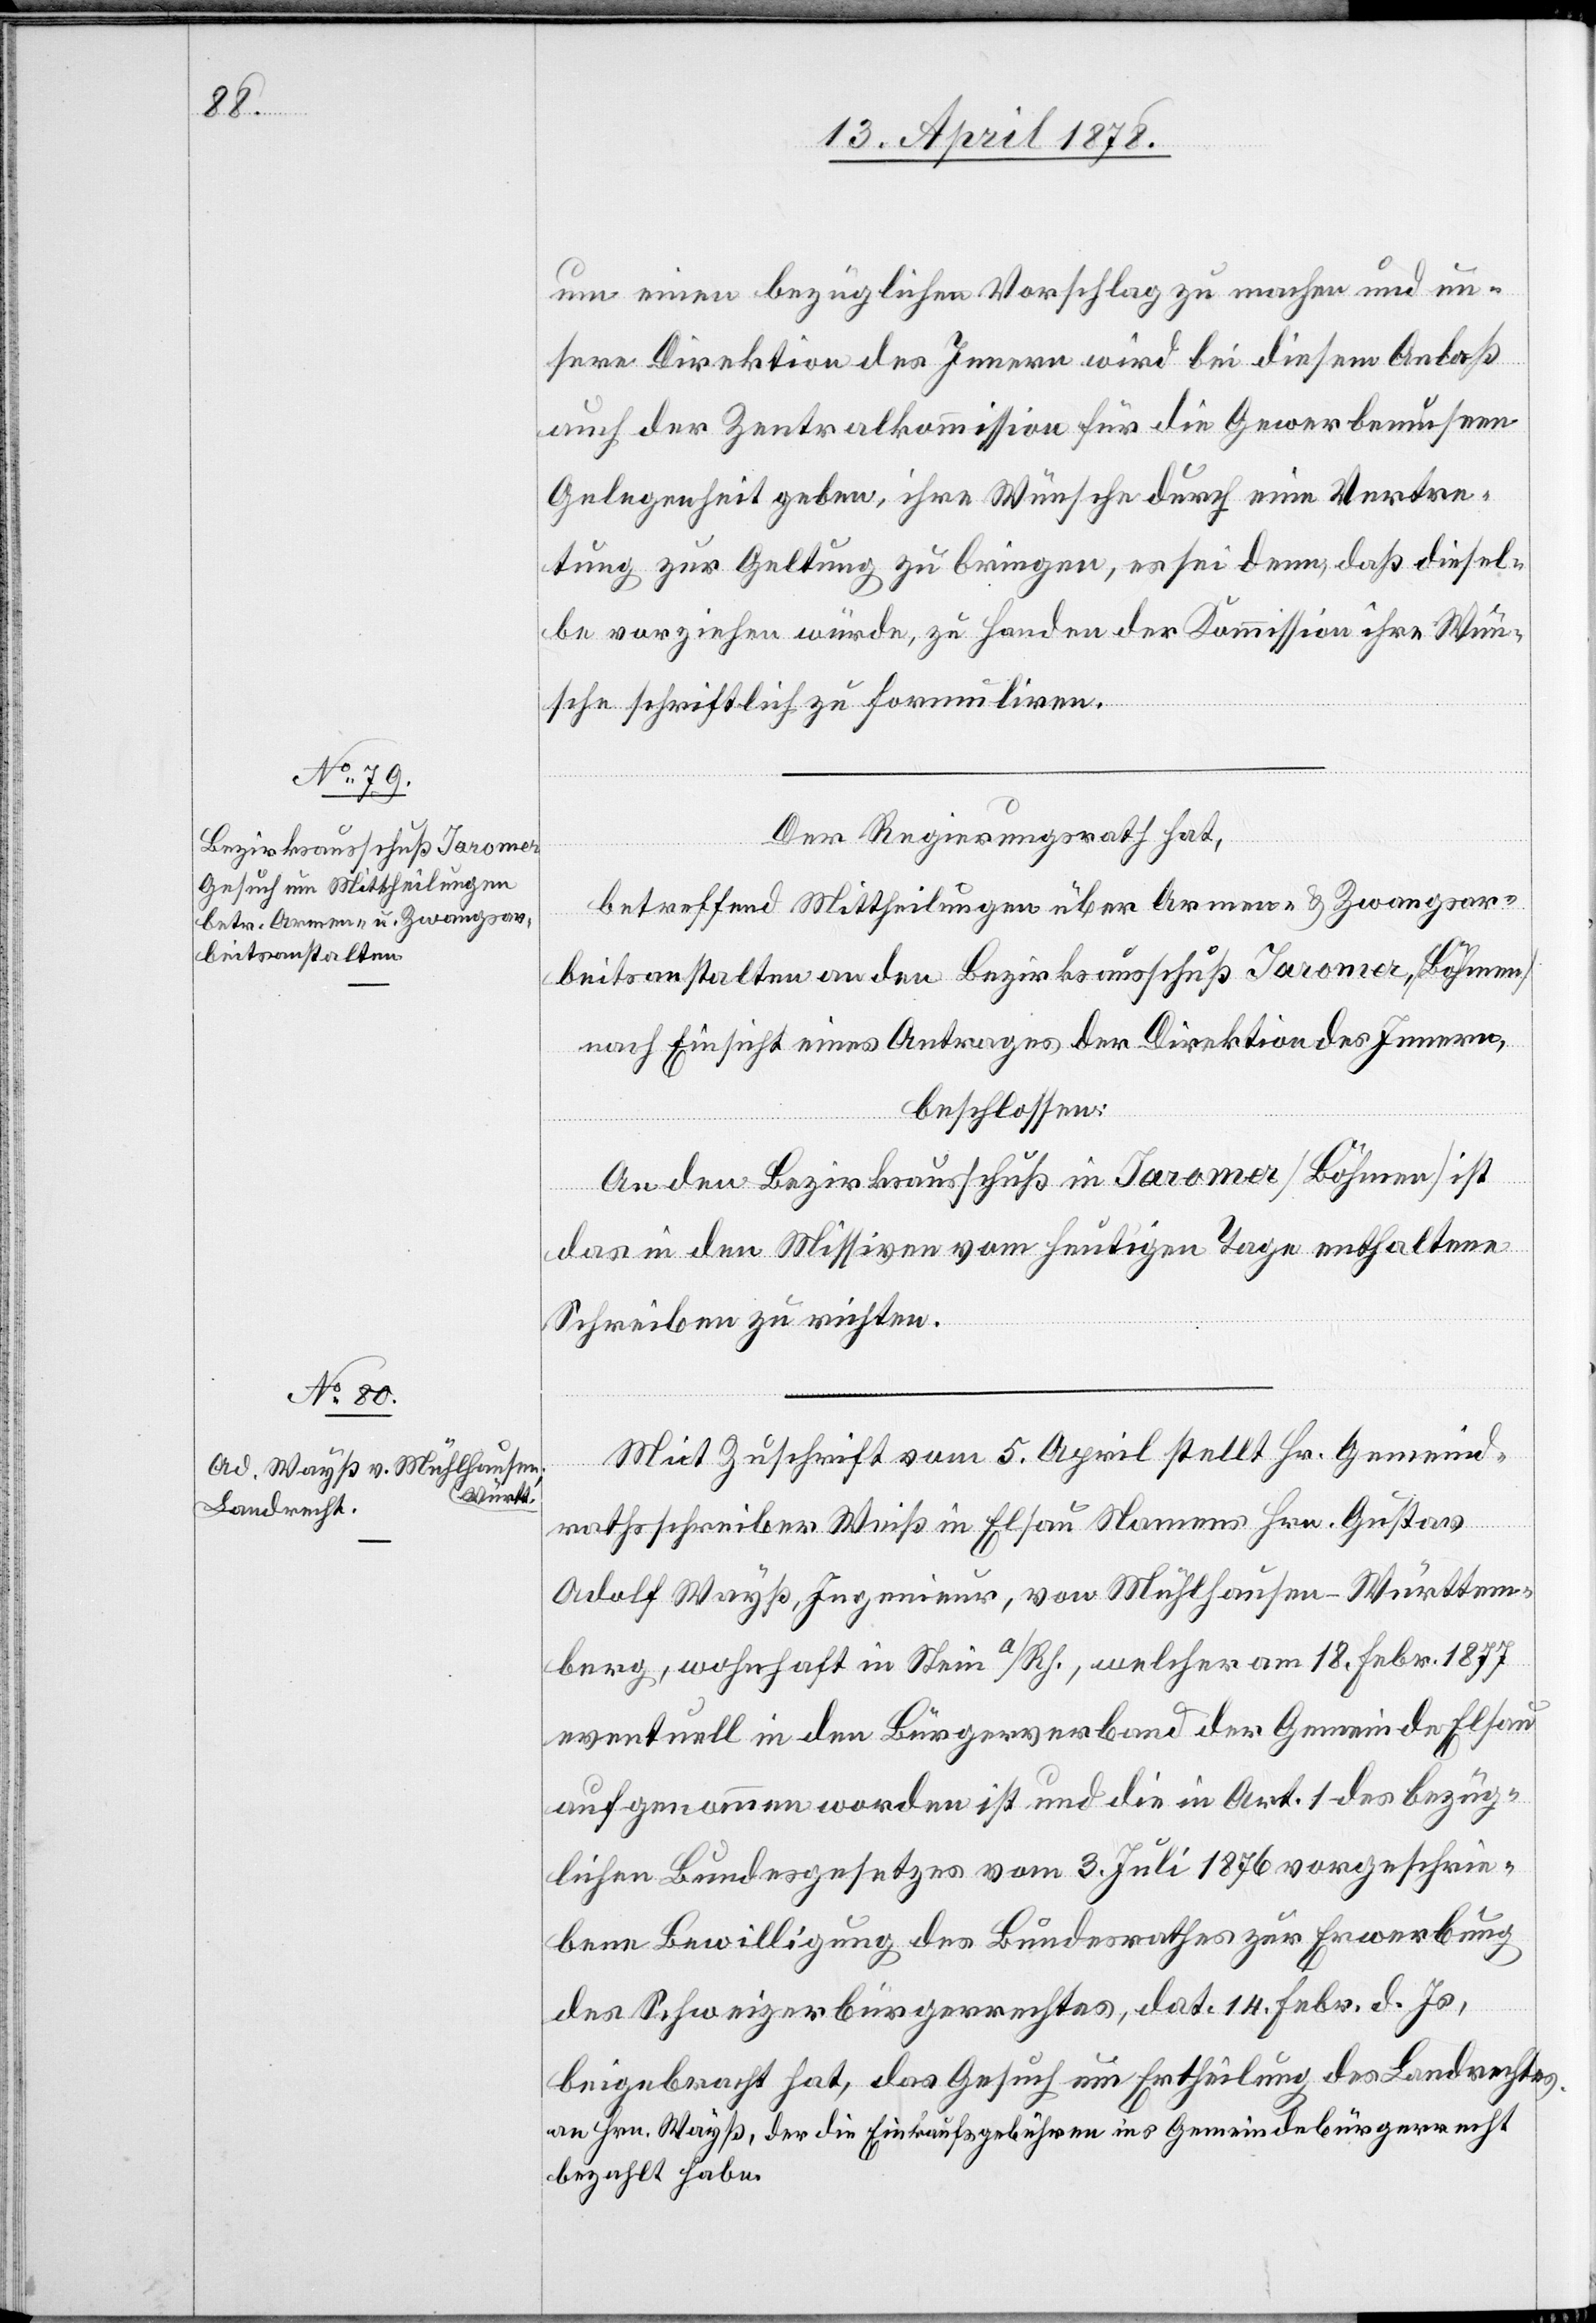
um einen bezüglichen Vorschlag zu machen und un¬
sere Direktion des Innern wird bei diesem Anlaß
auch der Zentralkommission für die Gewerbemuseen
Gelegenheit geben, ihre Wünsche durch eine Vertre¬
tung zur Geltung zu bringen, es sei denn, daß diesel¬
be vorziehen würde, zu Handen der Kommission ihre Wün¬
sche schriftlich zu formuliren.
Der Regierungsrath hat,
betreffend Mittheilungen über Armen- & Zwangsar¬
beitsanstalten an den Bezirksausschuß Jaroma, (Böhmen)
nach Einsicht eines Antrages der Direktion des Innern,
beschlossen:
An den Bezirksausschuß in Jaroma (Böhmen) ist
das in den Missiven vom heutigen Tage enthaltene
Schreiben zu richten.
Mit Zuschrift vom 5. April stellt Hr. Gemeind¬
rathsschreiber Weiß in Elsau Namens Hrn. Gustav
Adolf Wayß, Ingenieur, von Mühlhausen - Württem¬
berg, wohnhaft in Stein a/Rh., welcher am 18. Febr. 1877
eventuell in den Bürgerverband der Gemeinde Elsau
aufgenommen worden ist und die in Art. 1 des bezüg¬
lichen Bundesgesetzes vom 3. Juli 1876 vorgeschrie¬
bene Bewilligung des Bundesrathes zur Erwerbung
des Schweizerbürgerrechtes, dat. 14. Febr. d. Js.,
beigebracht hat, das Gesuch um Ertheilung des Landrechtes
an Hrn. Wayß, der die Einkaufsgebühren ins Gemeindebürgerrecht
bezahlt habe.